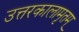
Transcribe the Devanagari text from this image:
उत्तरकालामृतम्